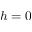
h = 0